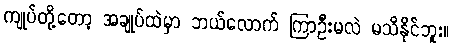
ကျုပ်တို့တော့ အချုပ်ထဲမှာ ဘယ်လောက် ကြာဦးမလဲ မသိနိုင်ဘူး။